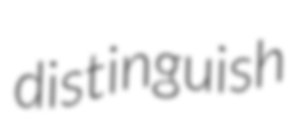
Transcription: distinguish